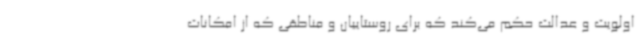
اولویت و عدالت حکم می‌کند که برای روستاییان و مناطقی که از امکانات